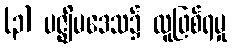
(၃) ပဇ္ဈိမဒေသ၌ လူဖြစ်ရမှု